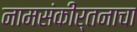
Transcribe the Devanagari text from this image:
नामसंकीर्तनाचा